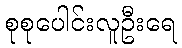
စုစုပေါင်းလူဦးရေ